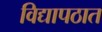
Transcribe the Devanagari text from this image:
विद्यापठात